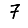
Digit: 7